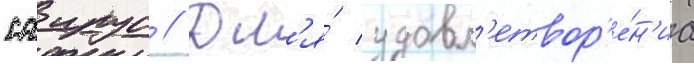
саирус // Дл'я́ удовл'етвор'е́н'иа